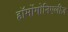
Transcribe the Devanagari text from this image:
हॉर्मोगोनिएलीज़